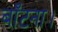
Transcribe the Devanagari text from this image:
बाँटना।